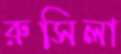
রুসিলা